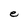
Character: e